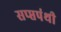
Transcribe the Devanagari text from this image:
सप्प्तपंथी